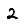
Digit: 2